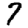
Digit: 7